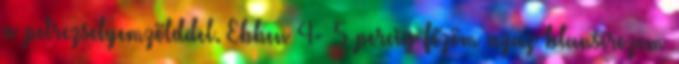
a petrezselyemzölddel. Ebben 4- 5 percig főzöm azaz blansírozom